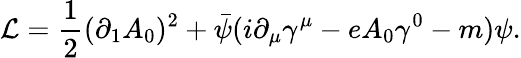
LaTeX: \mathcal{L}=\frac{1}{2}(\partial_{1}A_{0})^{2}+\bar{\psi}(i\partial_{\mu}\gamma^{\mu}-eA_{0}\gamma^{0}-m)\psi.